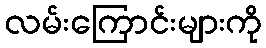
လမ်းကြောင်းများကို